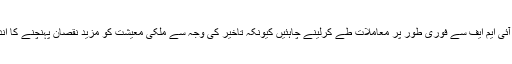
اب انہیں آئی ایم ایف سے فوری طور پر معاملات طے کرلینے چاہئیں کیونکہ تاخیر کی وجہ سے ملکی معیشت کو مزید نقصان پہنچنے کا اندیشہ ہے۔